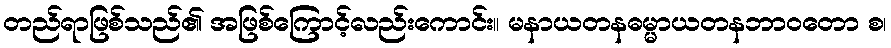
တည်ရာဖြစ်သည်၏ အဖြစ်ကြောင့်လည်းကောင်း။ မနာယတနဓမ္မာယတနဘာဝတော စ၊